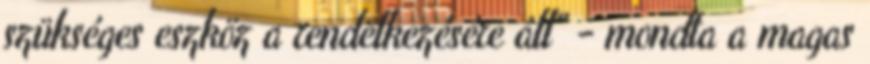
szükséges eszköz a rendelkezésére áll" - mondta a magas